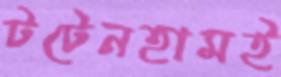
টটেনহামই